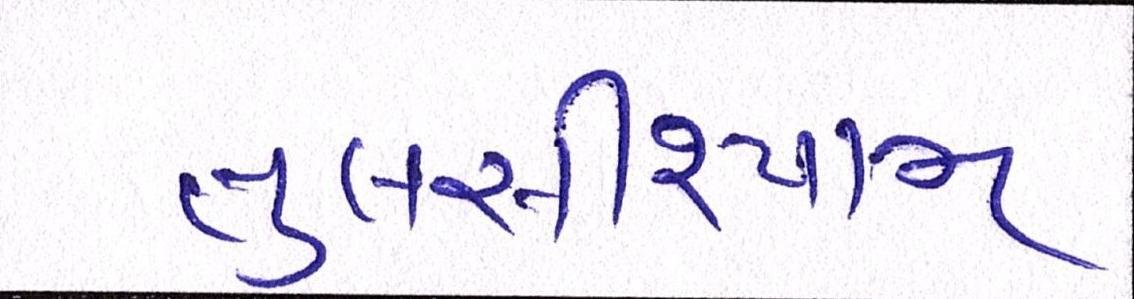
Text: તુલસીશ્યામ